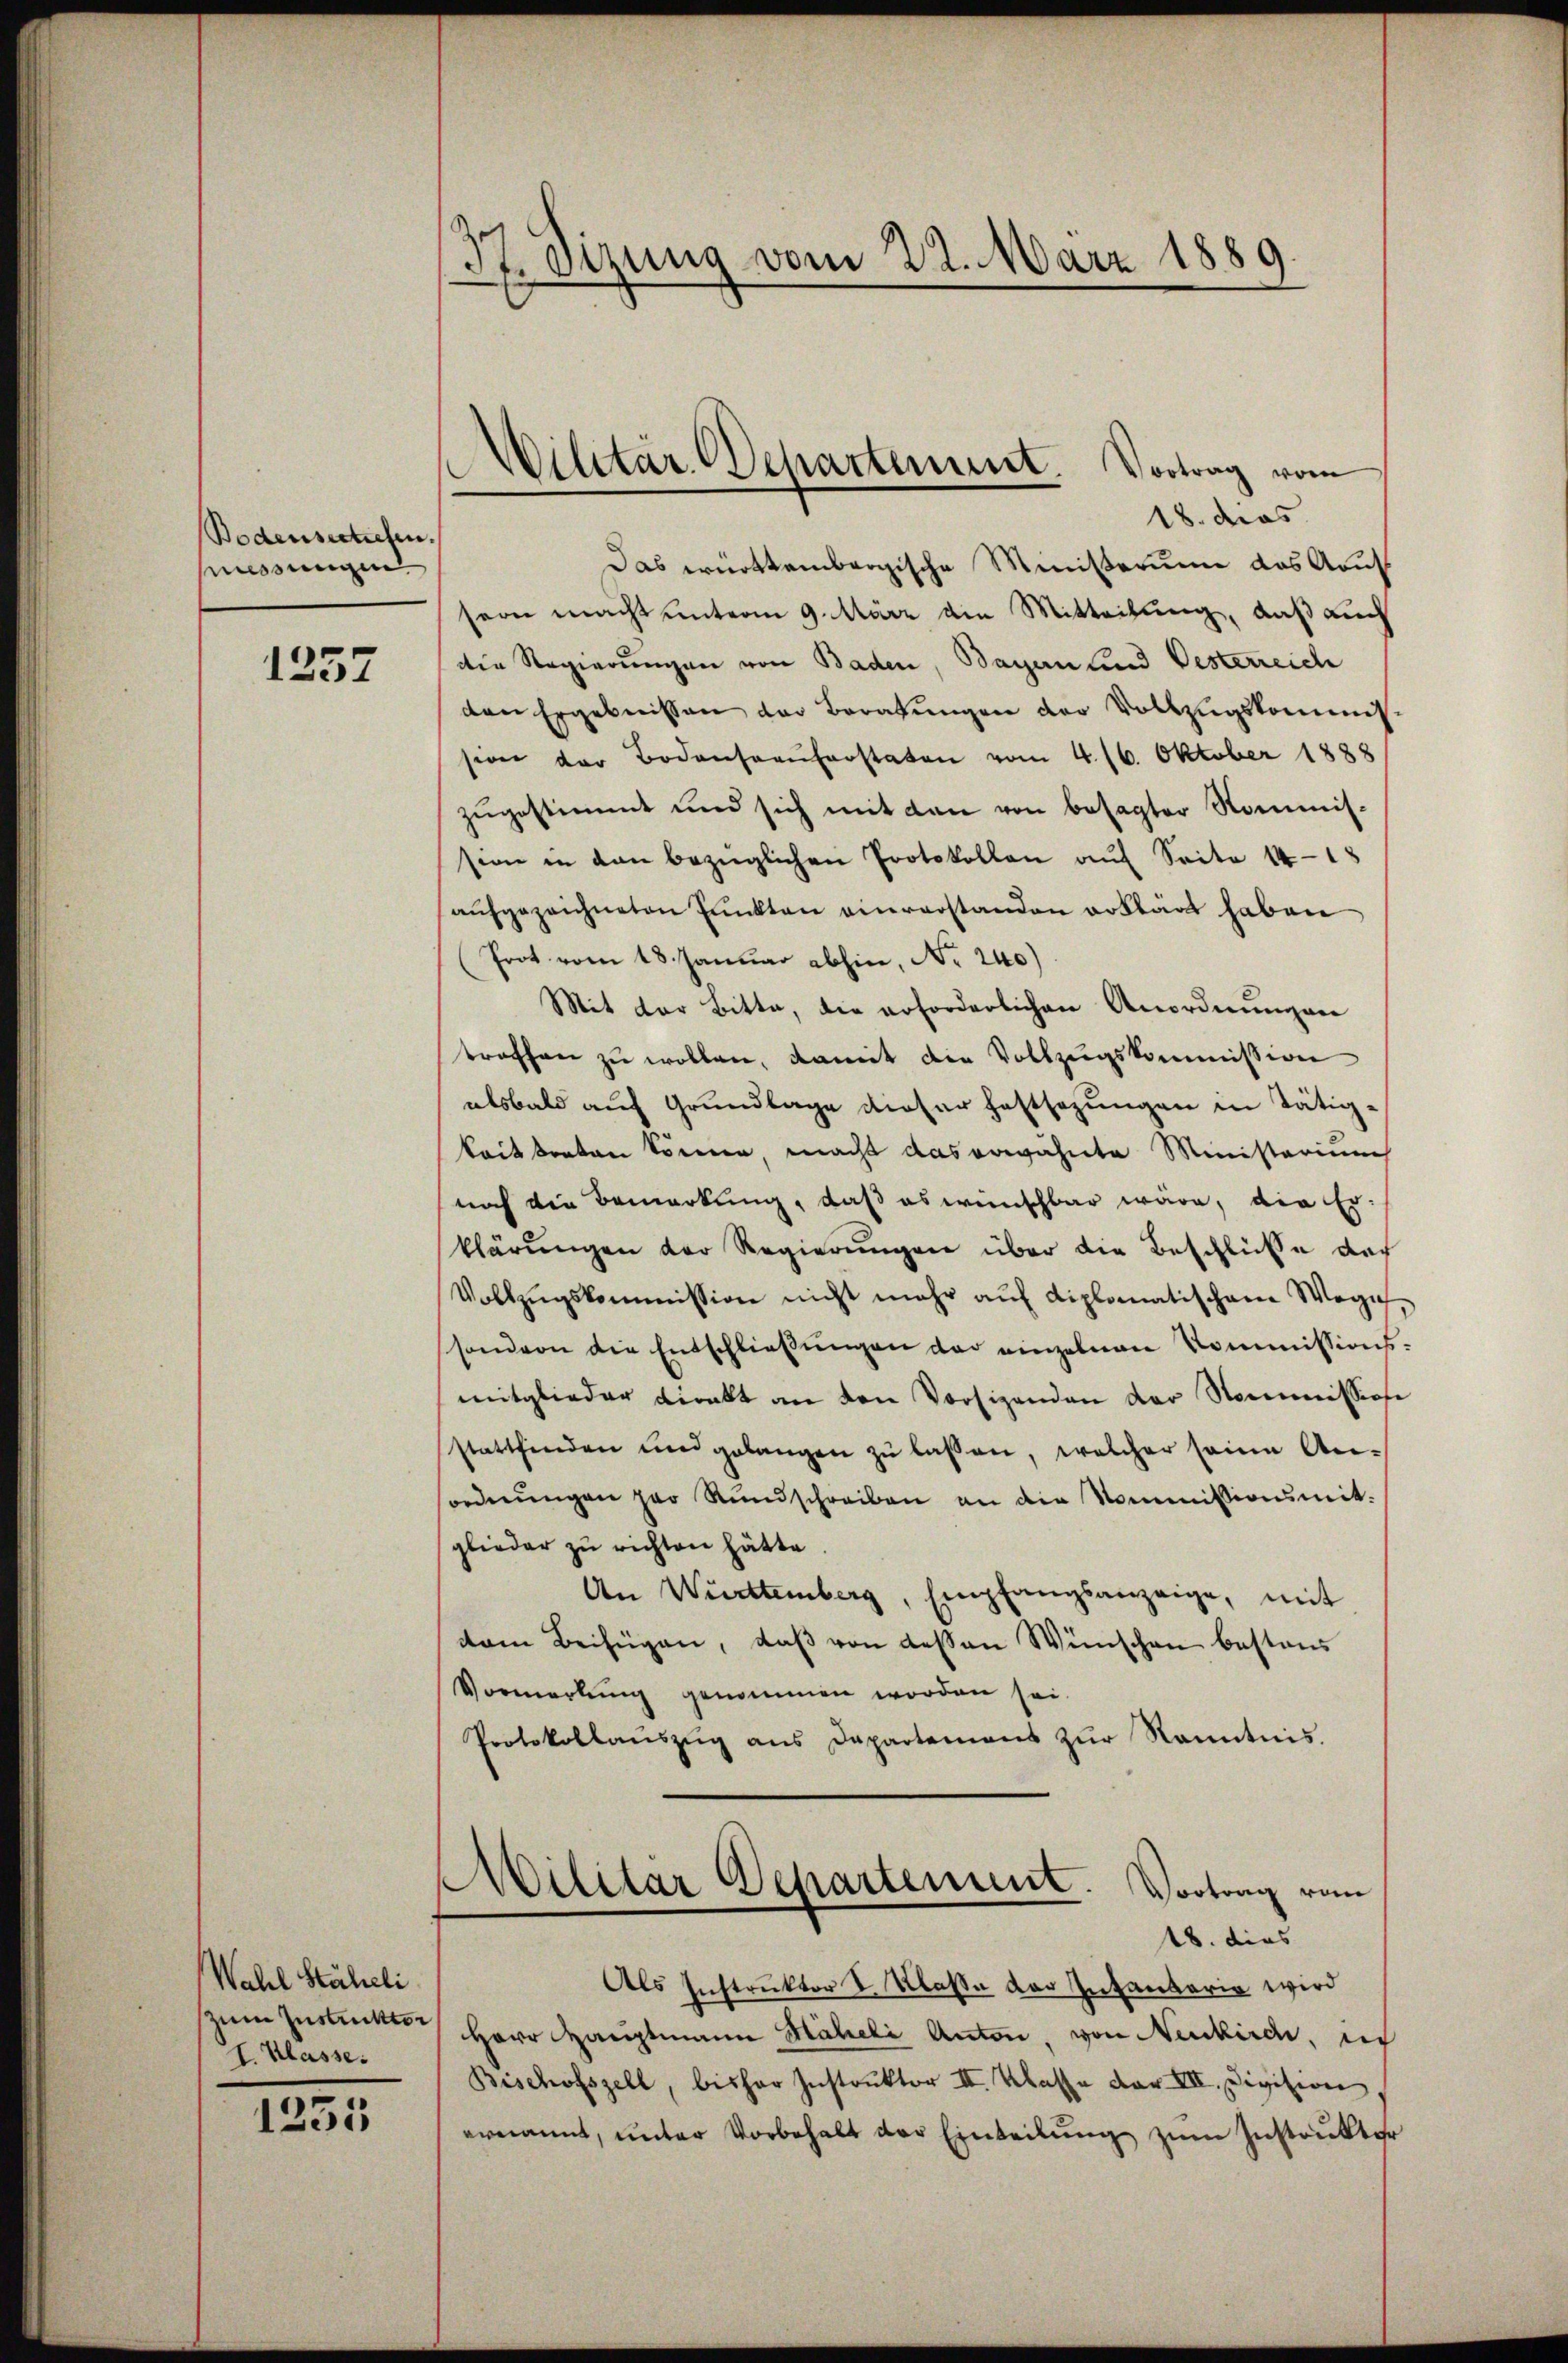
Bodensectichen.
Messungen

1257

Wahl Stäheli
I. Klasse.

1255

37. Sizung vom 22. März 1889.

Militär Departement. Vortrag vom
18. das

Das württembergische Ministerum das Kaufs
sern macht unterm 9. März ain Mitteilung, daß auch
die Regierungen von Baden, Bayern und Besterreich
den Ergebnissen der Beratungen der Vollzugskommission der Bodenseeuferstaten vom 4. 16. Oktober 1888
zugestimmt und sich mit den von besagter Kommission in den bezüglichen Protokollen auf Seite 14-18
aŭfgezeichneten Pŭnkten einverstanden erklärt haben
Prot. vom 18. Januar abhin, No. 240)
Mit der Bitte, die erforderlichen Anordnungen
troffen zu wollen, damit die Vollzugskommission
alsbald auf Grundlage dieser Festsezungen in Tätigkait treten können, macht das erwähnte Ministeriums
noch die Bemerkung, daß es wünschbar wäre, die Erklärŭngen der Regierŭngen über die Beschlüße doch
Vollzŭgskommission nicht mehr aŭf diplomatischem Wege,
sondern die Entschlieβŭngen der einzelnen Kommissions-
mitglieder Direkt an den Vorsizenden der Nommissione
stattfinden und gelangen zŭ lassen, welcher seine An-
ordnŭngen par Rŭndschreiben an die Kommissionsmit-
glieder zu richten hätte
An Württemberg, Empfangsanzeige, mit
vom Beifügen, daß von dessen Wünschen bestand
Vormerkung genommen worden sei.
Protokollaŭszŭg ans Departemons zŭr Kenntnis.
Militar Departement. Vortrag vom
18. dies
Als Instruktor I. Klasse der Intantaria wird
zum Zusammen Herr Hauptmann Häheli Anton von Neukirch, in
Bischofszell, bisher Instrŭktor II. Klasse der VII. Division
ernannt, ŭnter Vorbehalt der Einteilŭng zŭm Instrukter